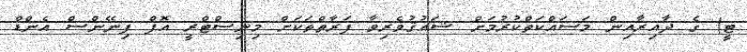
ޓީ) ގެ ދާއިރާއިން މަސައްކަތްކުރުމަށް ޝައުޤުވެރިވާ ފަރާތްތަކަށް މިނިސްޓްރީ އޮފް ފިނޭންސް އެންޑް